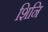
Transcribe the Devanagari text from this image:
शिनि